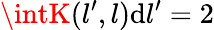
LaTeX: \intK(l^{\prime},l)\mathrm{d}l^{\prime}=2